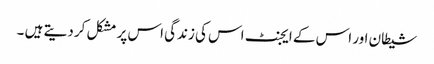
شیطان اور اس کے ایجنٹ اس کی زندگی اس پر مشکل کر دیتے ہیں ۔